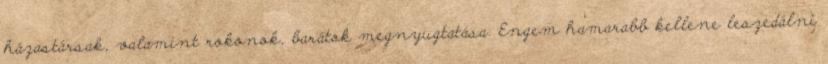
házastársak, valamint rokonok, barátok megnyugtatása. Engem hamarabb kellene leszedálni